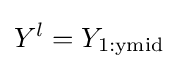
Y^{l}=Y_{1:\mathrm {ymid} }